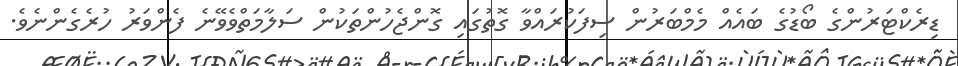
ޑިރެކްޓަރުންގެ ބޯޑުގެ ބައެއް މެމްބަރުން ސިފަކުރައްވާ ގޮތުގައި ގޮންޖެހުންތަކުން ސަލާމަތްވެވޭނެ ފެންވަރު ހުރެގެންނެވެ.